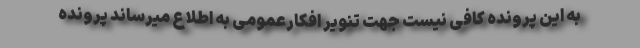
به این پرونده کافی نیست جهت تنویر افکارعمومی به اطلاع میرساند پرونده